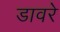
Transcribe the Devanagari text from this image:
डावरे